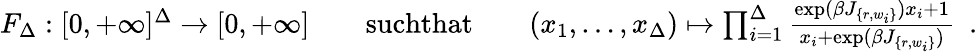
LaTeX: \begin{array}{rlrlr}{F_{\Delta}:[0,+\infty]^{\Delta}\to[0,+\infty]}&{}&{\textrm{suchthat}}&{}&{(x_{1},\ldots,x_{\Delta})\mapsto\prod_{i=1}^{\Delta}\frac{\exp(\beta J_{\{ r,w_{i}\} }){x}_{i}+1}{{x}_{i}+\exp(\beta J_{\{ r,w_{i}\} })}\enspace.}\end{array}